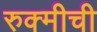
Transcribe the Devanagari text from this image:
रुक्मीची